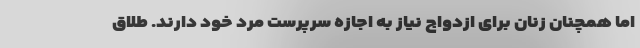
اما همچنان زنان برای ازدواج نیاز به اجازه سرپرست مرد خود دارند. طلاق